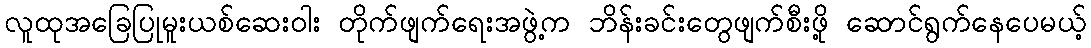
လူထုအခြေပြုမူးယစ်ဆေးဝါး တိုက်ဖျက်ရေးအဖွဲ့က ဘိန်းခင်းတွေဖျက်စီးဖို့ ဆောင်ရွက်နေပေမယ့်